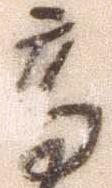
高